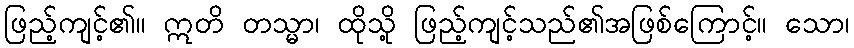
ဖြည့်ကျင့်၏။ ဣတိ တသ္မာ၊ ထိုသို့ ဖြည့်ကျင့်သည်၏အဖြစ်ကြောင့်။ သော၊